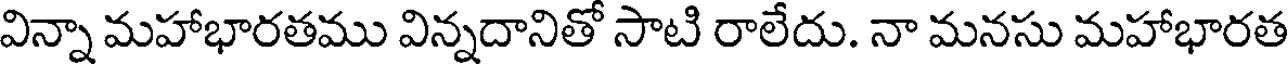
విన్నా మహాభారతము విన్నదానితో సాటి రాలేదు. నా మనసు మహాభారత